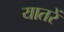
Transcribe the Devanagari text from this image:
यातरें